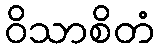
ဝိသာစိတံ